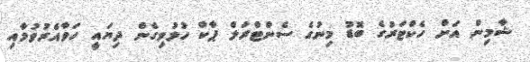
ޝާމިން އަށް ހެކްޓަރުގެ ބޮޑު މިނުގެ ސެންޓްރަލް ޕާކް ހުޅުވިގެން ދިޔައީ ހަވާއެރުވުމާއި